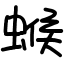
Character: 䗔